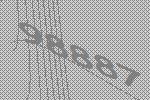
98887